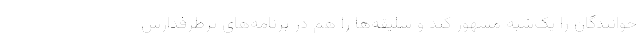
خوانندگان را یک‌شبه مشهور کند و سلیقه‌ها را هم در برنامه‌های پرطرفدارش